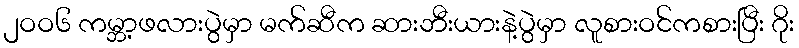
၂ဝဝ၆ ကမ္ဘာ့ဖလားပွဲမှာ မက်ဆီက ဆားဘီးယားနဲ့ပွဲမှာ လူစားဝင်ကစားပြီး ဂိုး